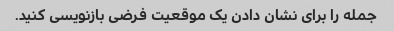
جمله را برای نشان دادن یک موقعیت فرضی بازنویسی کنید.